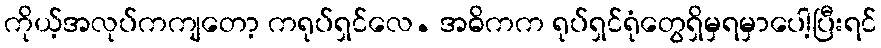
ကိုယ့်အလုပ်ကကျတော့ ကရုပ်ရှင်လေ. အဓိကက ရုပ်ရှင်ရုံတွေရှိမှရမှာပေါ့ပြီးရင်